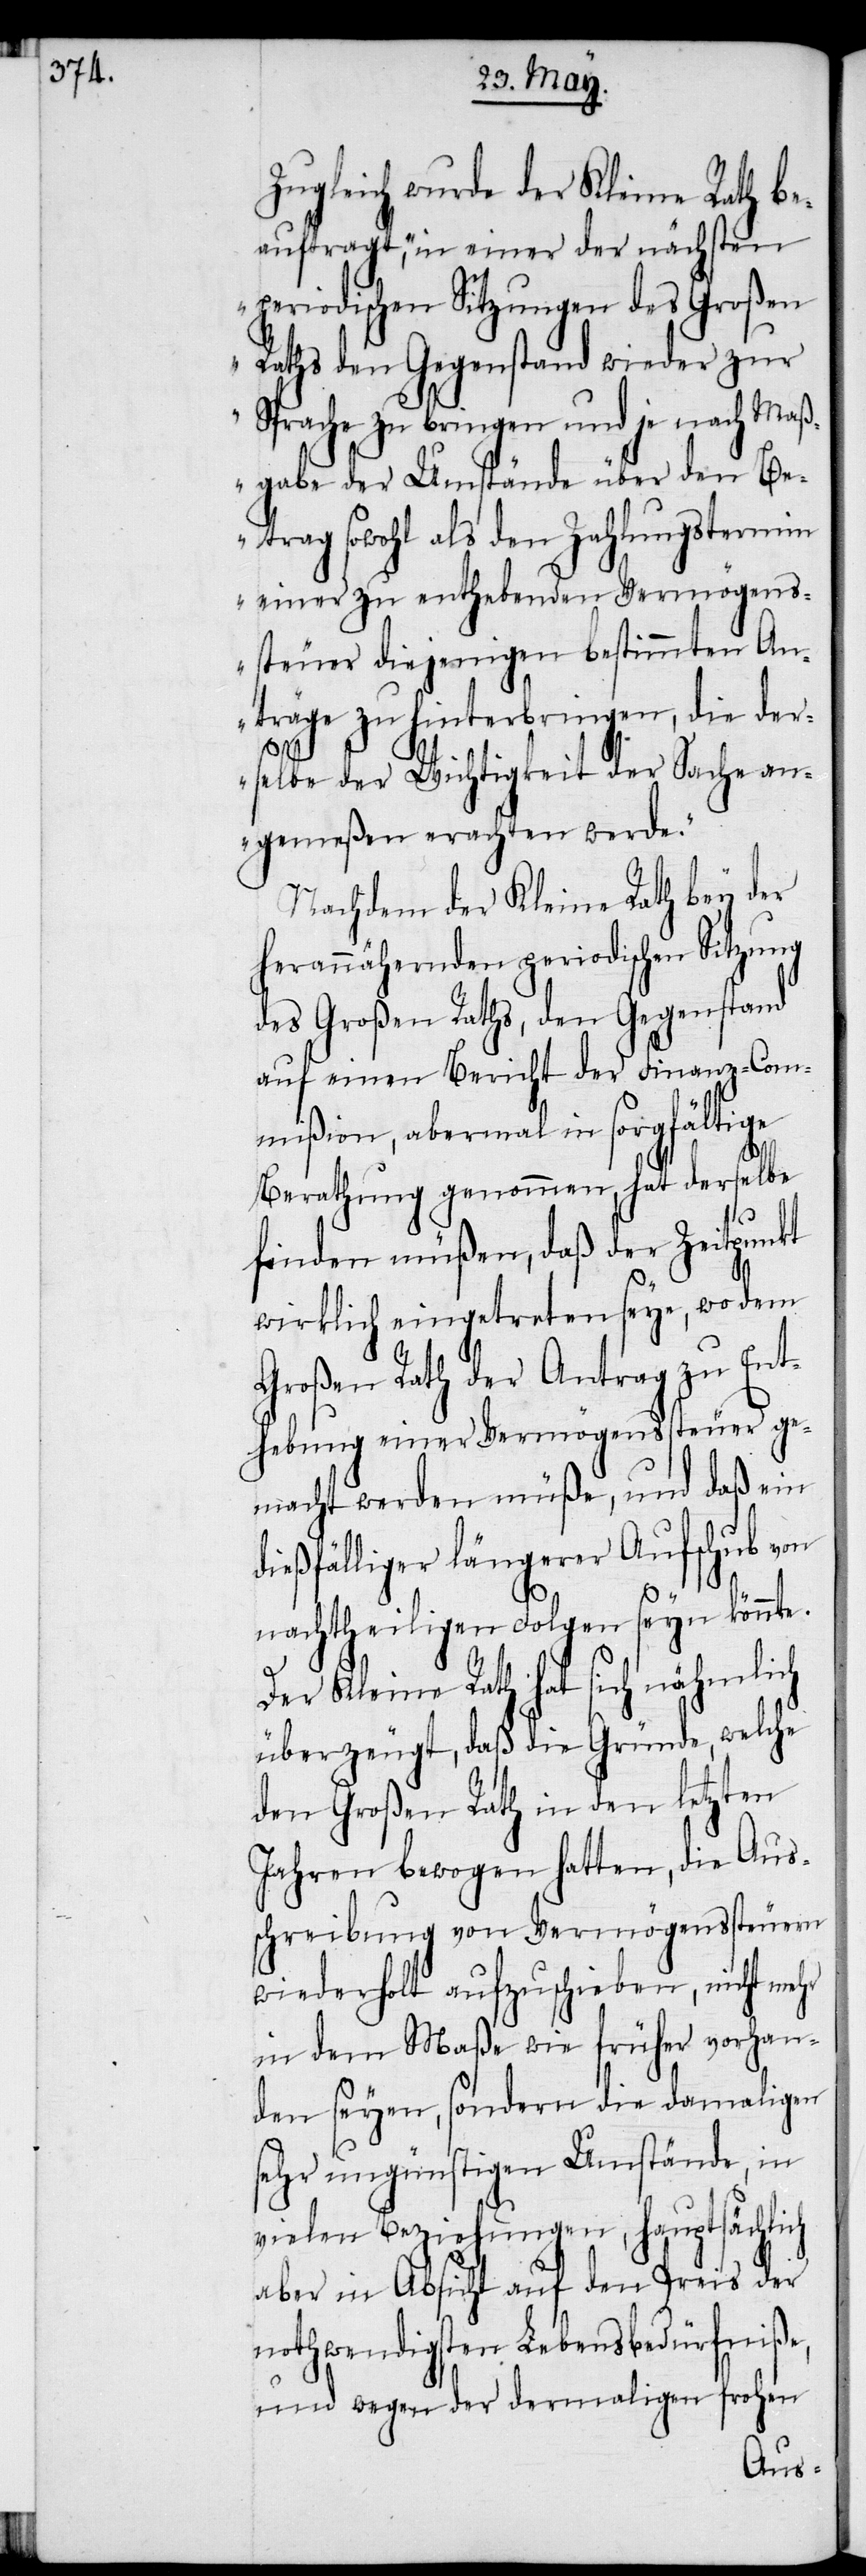
Zugleich wurde der Kleine Rath be¬
auftragt, „in einer der nächsten
periodischen Sitzungen des Großen
Raths den Gegenstand wieder zur
Sprache zu bringen und je nach Maß¬
gabe der Umstände über den Be¬
trag sowohl als den Zahlungstermin
einer zu enthebenden Vermögens¬
steuer diejenigen bestimmten An¬
träge zu hinterbringen, die der¬
selbe der Wichtigkeit der Sache an¬
gemeßen erachten werde.“
Nachdem der Kleine Rath bey der
herannähernden periodischen Sitzung
des Großen Raths, den Gegenstand
auf einen Bericht der Finanz-Com¬
mißion, abermal in sorgfältige
Berathung genommen, hat derselbe
finden müßen, daß der Zeitpunkt
wirklich eingetreten seye, wo dem
Großen Rath der Antrag zu Ent¬
hebung einer Vermögenssteuer ge¬
macht werden müße, und daß ein
dießfälliger längerer Aufschub von
nachtheiligen Folgen seyn könnte.
Der Kleine Rath hat sich nähmlich
überzeugt, daß die Gründe, welche
den Großen Rath in den letzten
Jahren bewogen hatten, die Aus¬
schreibung von Vermögenssteuern
wiederholt aufzuschieben, nicht mehr
in dem Maße wie früher vorhan¬
den seyen, sondern die damaligen
sehr ungünstigen Umstände, in
vielen Beziehungen, hauptsächlich
aber in Absicht auf den Preis der
nothwendigsten Lebensbedürfniße,
und wegen der dermaligen frohen